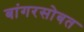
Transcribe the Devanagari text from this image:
बांगरसोबत